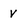
Character: V